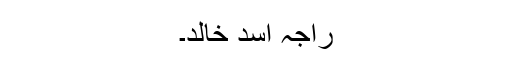
راجہ اسد خالد۔